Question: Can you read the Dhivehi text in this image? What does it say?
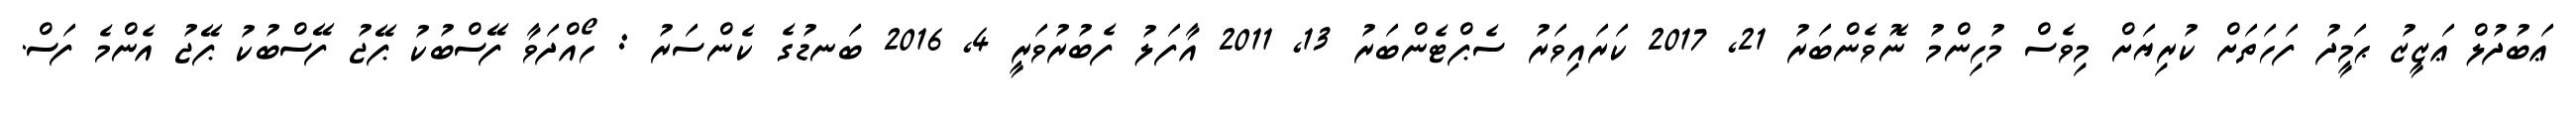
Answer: ޢަބުދުލް ޢަޒީޒު ޙަމީދު ފަހަތަށް ކުރިޔަށް މިވެސް މުހިންމު ނޮވެންބަރު 21, 2017 ކަރައިވަރު ސެޕްޓެންބަރު 13, 2011 އާފަލު ފެބުރުވަރީ 4, 2016 ބަނޑުގެ ކެންސަރު : ހޯއްދަވާ ފޭސްބުކު ޕޭޖު ފޭސްބުކު ޕޭޖު އެންމެ ފަސް.